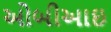
ઓબીઆઇ